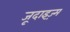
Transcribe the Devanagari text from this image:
जूदाइज़्म